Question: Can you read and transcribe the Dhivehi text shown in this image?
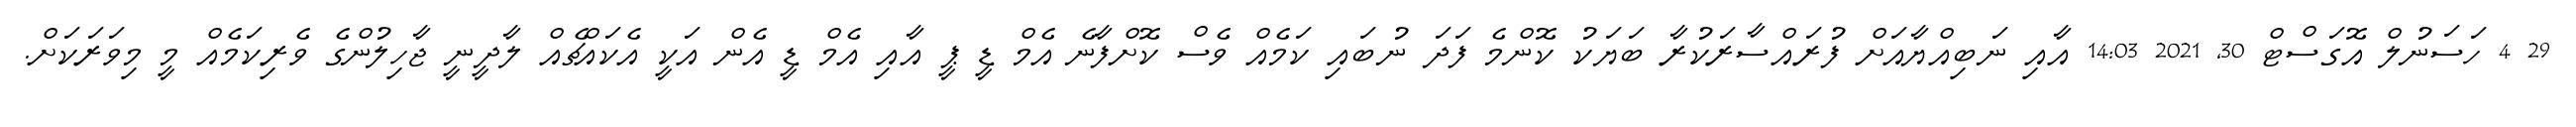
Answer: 29 4 ހަސަނުލް އޮގަސްޓް 30, 2021 14:03 އާއި ނަބިއްޔާއަށް ފުރައްސާރަކުރާ ބަޔަކު ކޮންމެ ފަދަ ނުބައި ކަމެއް ވެސް ކޮށްފާނެ އެމް ޑީ ޕީ އާއި އެމް ޑީ އެން އަކީ އެކައްޗެއް ލާދީނީ ޖާހިލުންގެ ވެރިކަމެއް މީ މިވަރަކަށް.